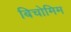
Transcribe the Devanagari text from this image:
बिचोमिम